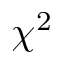
\chi ^ { 2 }